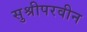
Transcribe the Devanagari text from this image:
सुश्रीपरवीन